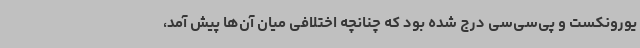
یورونکست و پی‌سی‌سی درج شده بود که چنانچه اختلافی میان آن‌ها پیش آمد،